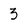
Character: 3